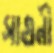
সাগুনী